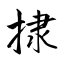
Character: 捸